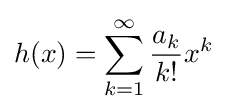
h(x)=\sum _{k=1}^{\infty }{a_{k} \over k!}x^{k}